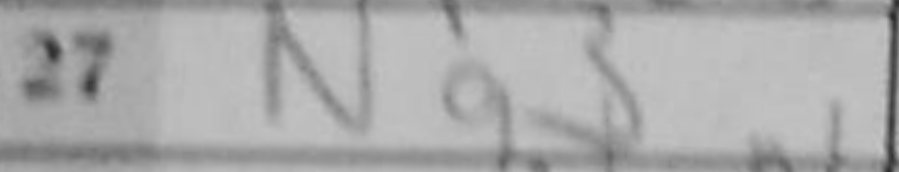
Transcription: Ng3